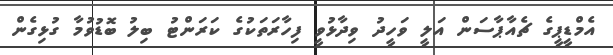
އެމްޑީޕީގެ ޗެއާޕާސަން އަލީ ވަހީދު ވިދާޅުވީ ފިހާރަތަކުގެ ކަރަންޓު ބިލު ބޮޑުވުމާ ގުޅިގެން